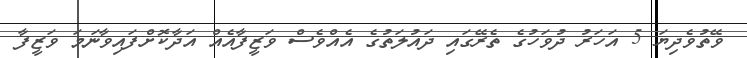
ވޭތުވެދިޔަ 5 އަހަރު ދުވަހުގެ ތެރޭގައި ދައުލަތުގެ އެއްވެސް ވަޒީފާއެއް އަދާކޮށްފައިވާނަމަ ވަޒީފާ